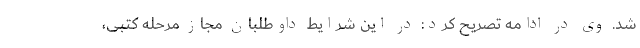
شد. وی در ادامه تصریح کرد: در این شرایط داوطلبان مجاز مرحله کتبی،